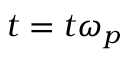
t = t \omega _ { p }